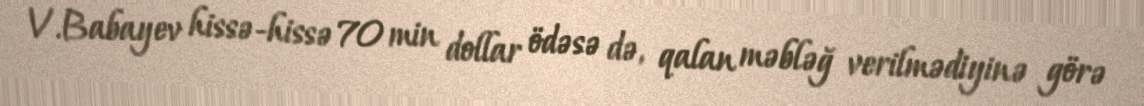
V.Babayev hissə-hissə 70 min dollar ödəsə də, qalan məbləğ verilmədiyinə görə